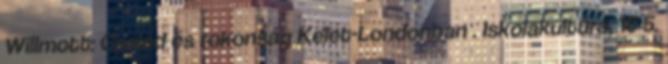
Willmott: Család és rokonság Kelet-Londonban . Iskolakultúra, 10 5.